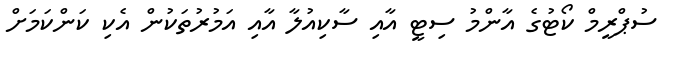
ސުޕްރީމް ކޯޓުގެ އާންމު ސިޓީ އާއި ސާކިއުލާ އާއި އަމުރުތަކުން އެކި ކަންކަމަށް